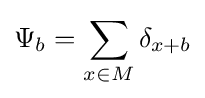
\Psi _{b}=\sum _{x\in M}\delta _{x+b}